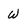
Character: W